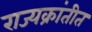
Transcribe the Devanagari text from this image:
राज्यक्रांतीत